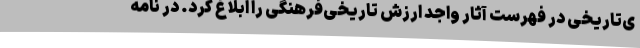
ی‌تاریخی در فهرست آثار واجد ارزش تاریخی‌فرهنگی را ابلاغ کرد. در نامه‌